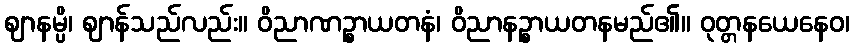
ဈာနမ္ပိ၊ ဈာန်သည်လည်း။ ဝိညာဏဉ္စာယတနံ၊ ဝိညာနဉ္စာယတနမည်၏။ ဝုတ္တနယေနေဝ၊